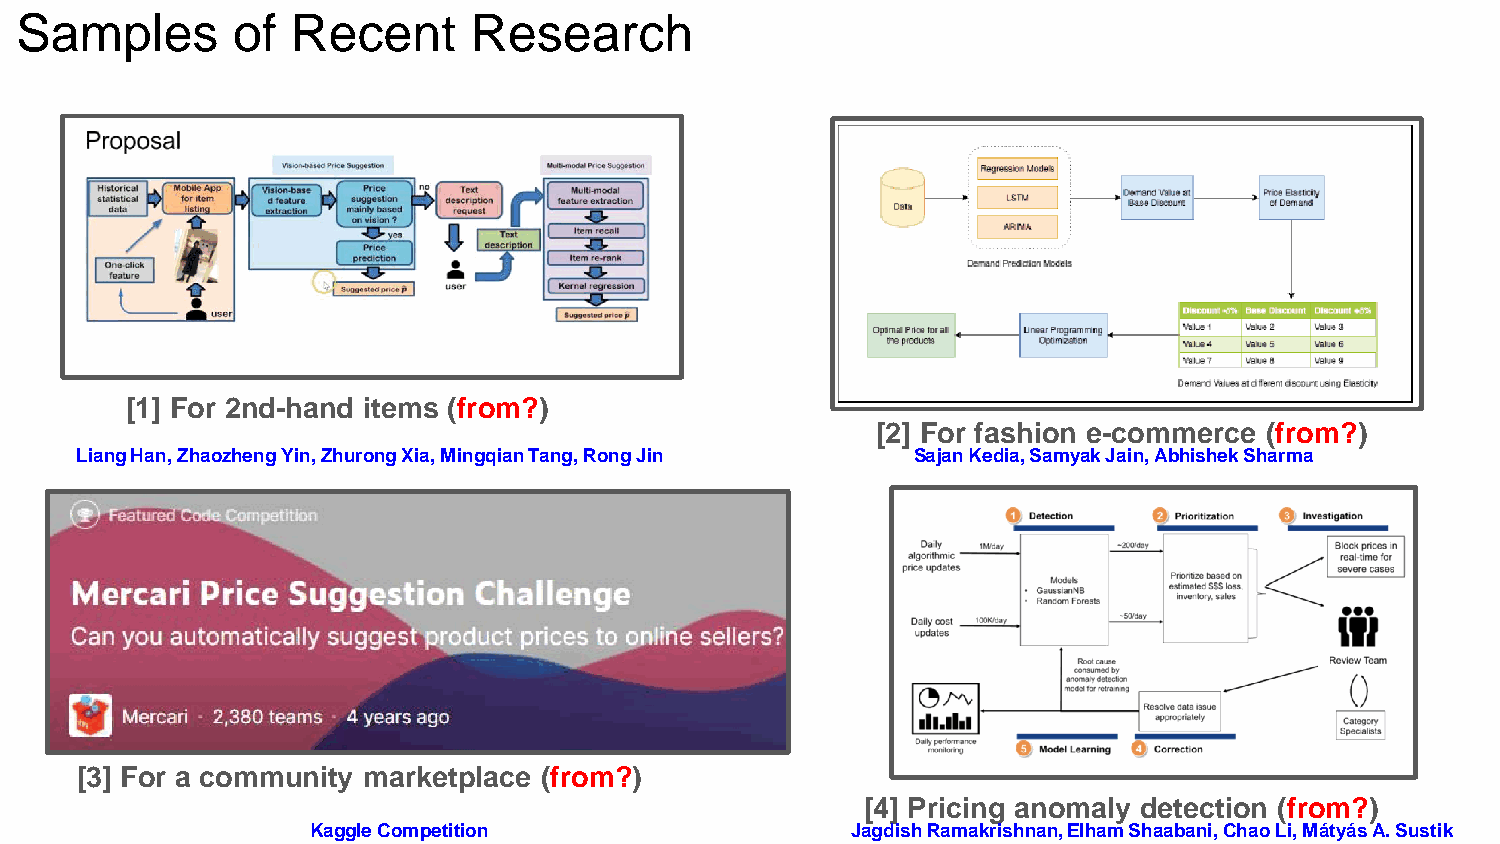
Samples       of  Recent      Research
 [1] For 2nd-hand items (from?)
 [2] For fashion e-commerce (from?)
 Liang Han, Zhaozheng Yin, Zhurong Xia, Mingqian Tang, Rong Jin Sajan Kedia, Samyak Jain, Abhishek Sharma
 [3] For a community marketplace (from?)
 [4] Pricing anomaly detection (from?)
 Kaggle Competition                 Jagdish Ramakrishnan, Elham Shaabani, Chao Li, Mátyás A. Sustik